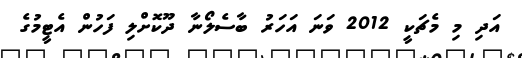
އަދި މި މެޗަކީ 2012 ވަނަ އަހަރު ބާސެލޯނާ ދޫކޮށްލި ފަހުން އެޓީމުގެ